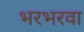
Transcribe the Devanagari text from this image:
भरभरवा